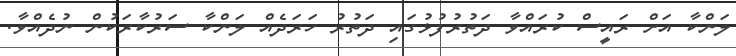
ލަންކާ އަށް ރައީސް ކުރައްވާ ދަތުރުފުޅުގައި ދަތުރު ހަރަދެއް ލަންކާ ސަރުކާރަކުން ނުދެއްވާ.